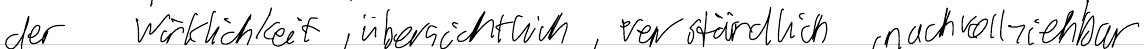
der Wirklichkeit, übersichtlich, verständlich, nachvollziehbar